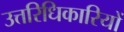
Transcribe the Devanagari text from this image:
उत्तरिधिकारियों